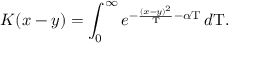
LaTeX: K ( x - y ) = \int _ { 0 } ^ { \infty } e ^ { - { \frac { ( x - y ) ^ { 2 } } { \mathrm { T } } } - \alpha \mathrm { T } } \, d \mathrm { T } .